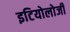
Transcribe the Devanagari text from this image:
इटियोलोजी